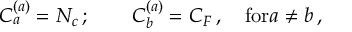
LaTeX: C _ { a } ^ { ( a ) } = N _ { c } \, ; \qquad C _ { b } ^ { ( a ) } = C _ { F } \, , \quad \mathrm { f o r } a \ne b \, ,